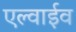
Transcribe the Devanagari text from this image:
एल्वाईव